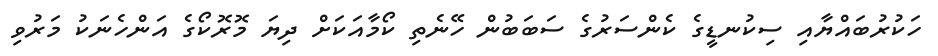
ހަކުރުބައްޔާއި ސިކުނޑީގެ ކެންސަރުގެ ސަބަބުން ހޭނެތި ކޯމާއަކަށް ދިޔަ މޮރޮކޯގެ އަންހެނަކު މަރުވި